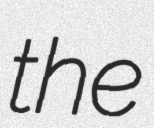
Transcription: the